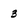
Character: 3